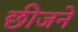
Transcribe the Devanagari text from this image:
छीजने